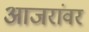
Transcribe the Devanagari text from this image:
आजरांवर